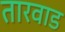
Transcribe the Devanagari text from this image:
तारवाड